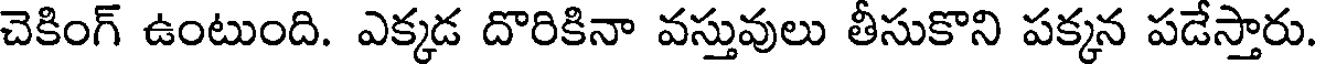
చెకింగ్ ఉంటుంది. ఎక్కడ దొరికినా వస్తువులు తీసుకొని పక్కన పడేస్తారు